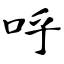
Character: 呼